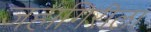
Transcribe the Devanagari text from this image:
जहागिरीला